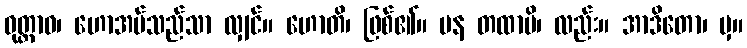
ဝုတ္တာဝ၊ ဟောအပ်သည်သာ လျှင်။ ဟောတိ၊ ဖြစ်၏။ ပန တထာပိ၊ လည်း။ အာဒိတော၊ မှ။